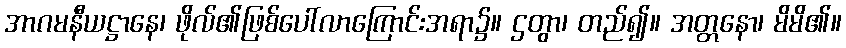
အာဂမနီယဋ္ဌာနေ၊ ဖိုလ်၏ဖြစ်ပေါ်လာကြောင်းအရာ၌။ ဌတွာ၊ တည်၍။ အတ္တနော၊ မိမိ၏။